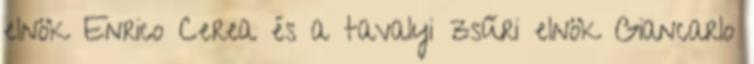
elnök Enrico Cerea és a tavalyi zsűri elnök Giancarlo